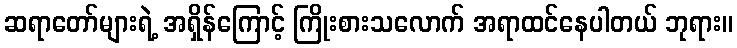
ဆရာတော်များရဲ့ အရှိန်ကြောင့် ကြိုးစားသလောက် အရာထင်နေပါတယ် ဘုရား။